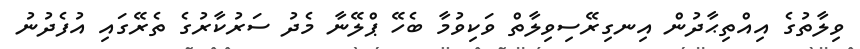
ވިލާތުގެ އިއްތިޙާދުން އިނގިރޭސިވިލާތް ވަކިވުމާ ބެހޭ ޕްލޭނާ މެދު ސަރުކާރުގެ ތެރޭގައި އުފެދުނު